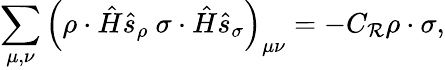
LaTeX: \sum_{\mu,\nu}\left(\rho\cdot\hat{H}\hat{s}_{\rho}\ \sigma\cdot\hat{H}\hat{s}_{\sigma}\right)_{\mu\nu}=-C_{\cal R}\rho\cdot\sigma,